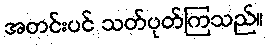
အတင်းပင် သတ်ပုတ်ကြသည်။